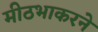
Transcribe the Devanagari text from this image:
मीठभाकरने